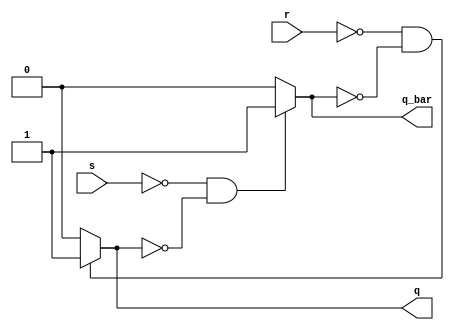
module srlatch_nor(
    input s,
    input r,
    output q,
    output q_bar
);

assign q = ((r == 1'b0) && (q_bar == 1'b0)) ? 1'b1 : 1'b0;
assign q_bar = ((s == 1'b0) && (q == 1'b0)) ? 1'b1 : 1'b0;
//assign q = ~(r | q_bar);
//assign q_bar = ~(s | q);

endmodule